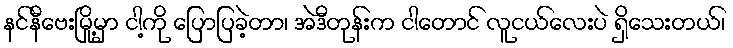
နင်နီဗေးမြို့မှာ ငါ့ကို ပြောပြခဲ့တာ၊ အဲဒီတုန်းက ငါတောင် လူငယ်လေးပဲ ရှိသေးတယ်၊